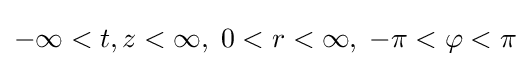
-\infty <t,z<\infty ,\;0<r<\infty ,\;-\pi <\varphi <\pi